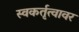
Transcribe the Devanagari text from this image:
स्वकर्तृत्वावर